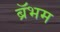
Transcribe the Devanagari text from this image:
ब्रॅभम